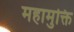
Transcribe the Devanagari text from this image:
महामुक्ति